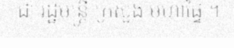
ជា រដ្ឋមន្ត្រី ក្រសួង មហាផ្ទៃ ។